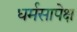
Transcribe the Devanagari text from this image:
धर्मसापेक्ष